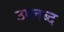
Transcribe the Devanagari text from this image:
उप्लब्द